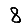
Digit: 8